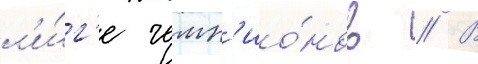
л'и́г'е чемп'ио́нов // В